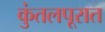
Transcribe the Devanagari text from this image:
कुंतलपूरात